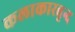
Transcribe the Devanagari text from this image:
कलाकारवृन्द